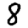
Digit: 8